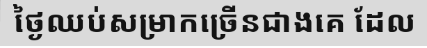
ថ្ងៃឈប់សម្រាកច្រើនជាងគេ ដែល